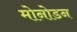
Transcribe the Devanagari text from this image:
मोनोडन